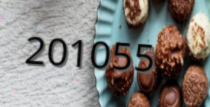
201055